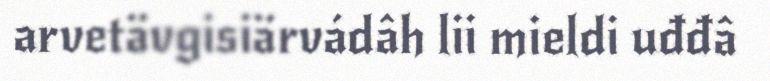
arvetävgisiärvádâh lii mieldi uđđâ